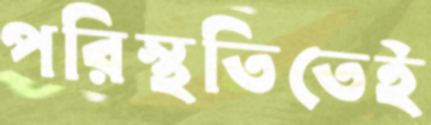
পরিস্থতিতেই